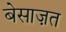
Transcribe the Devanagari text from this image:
बेसाज़त